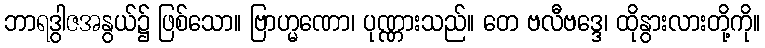
ဘာရဒွါဇအနွယ်၌ ဖြစ်သော။ ဗြာဟ္မဏော၊ ပုဏ္ဏားသည်။ တေ ဗလီဗဒ္ဒေ၊ ထိုနွားလားတို့ကို။